Annual report on the working of the lock hospitals in the North-Western Provinces and Oudh
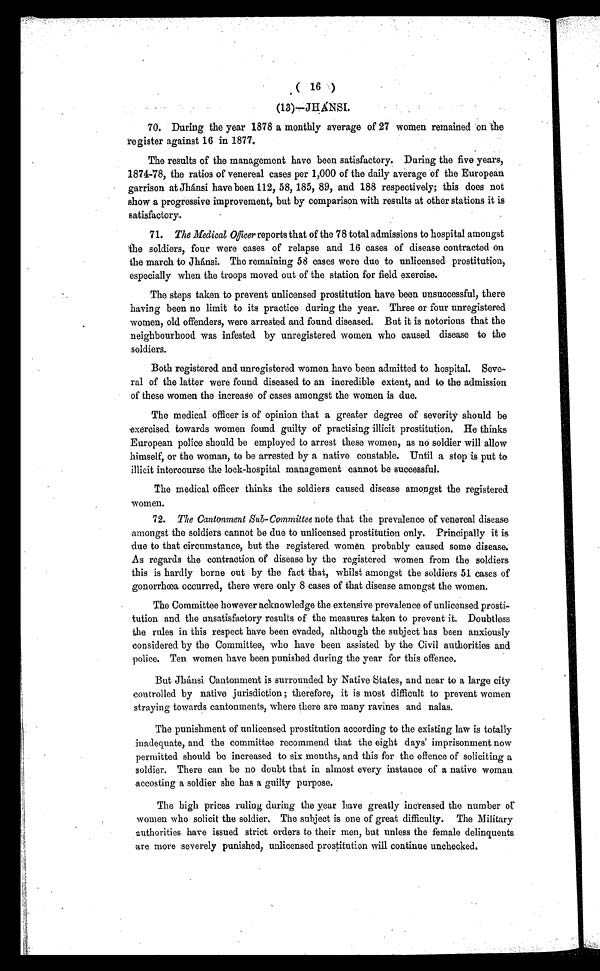
( 16 )
(13)—JHÁNSI.
70. During the year 1878 a monthly average of 27 women remained on the
register against 16 in 1877.
The results of the management have been satisfactory. During the five years,
1874-78, the ratios of venereal cases per 1,000 of the daily average of the European
garrison at Jhánsi have been 112, 58, 185, 89, and 188 respectively; this does not
show a progressive improvement, but by comparison with results at other stations it is
satisfactory.
71. The Medical Officer reports that of the 78 total admissions to hospital amongst
the soldiers, four were cases of relapse and 16 cases of disease contracted on
the march to Jhánsi. The remaining 58 cases were due to unlicensed prostitution,
especially when the troops moved out of the station for field exercise.
The steps taken to prevent unlicensed prostitution have been unsuccessful, there
having been no limit to its practice during the year. Three or four unregistered
women, old offenders, were arrested and found diseased. But it is notorious that the
neighbourhood was infested by unregistered women who caused disease to the
soldiers.
Both registered and unregistered women have been admitted to hospital. Seve-
ral of the latter were found diseased to an incredible extent, and to the admission
of these women the increase of cases amongst the women is due.
The medical officer is of opinion that a greater degree of severity should be
exercised towards women found guilty of practising illicit prostitution. He thinks
European police should be employed to arrest these women, as no soldier will allow
himself, or the woman, to be arrested by a native constable. Until a stop is put to
illicit intercourse the lock-hospital management cannot be successful.
The medical officer thinks the soldiers caused disease amongst the registered
women.
72. The Cantonment Sub-Committee note that the prevalence of venereal disease
amongst the soldiers cannot be due to unlicensed prostitution only. Principally it is
due to that circumstance, but the registered women probably caused some disease.
As regards the contraction of disease by the registered women from the soldiers
this is hardly borne out by the fact that, whilst amongst the soldiers 51 cases of
gonorrhœa occurred, there were only 8 cases of that disease amongst the women.
The Committee however acknowledge the extensive prevalence of unlicensed prosti-
tution and the unsatisfactory results of the measures taken to prevent it. Doubtless
the rules in this respect have been evaded, although the subject has been anxiously
considered by the Committee, who have been assisted by the Civil authorities and
police. Ten women have been punished during the year for this offence.
But Jhánsi Cantonment is surrounded by Native States, and near to a large city
controlled by native jurisdiction; therefore, it is most difficult to prevent women
straying towards cantonments, where there are many ravines and nalas.
The punishment of unlicensed prostitution according to the existing law is totally
inadequate, and the committee recommend that the eight days' imprisonment now
permitted should be increased to six months, and this for the offence of soliciting a
soldier. There can be no doubt that in almost every instance of a native woman
accosting a soldier she has a guilty purpose.
The high prices ruling during the year have greatly increased the number or
women who solicit the soldier. The subject is one of great difficulty. The Military
authorities have issued strict orders to their men, but unless the female delinquents
are more severely punished, unlicensed prostitution will continue unchecked.
11